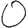
Digit: 0